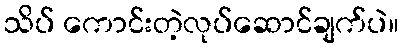
သိပ် ကောင်းတဲ့လုပ်ဆောင်ချက်ပဲ။